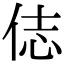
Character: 俧